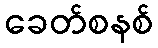
ခေတ်စနစ်